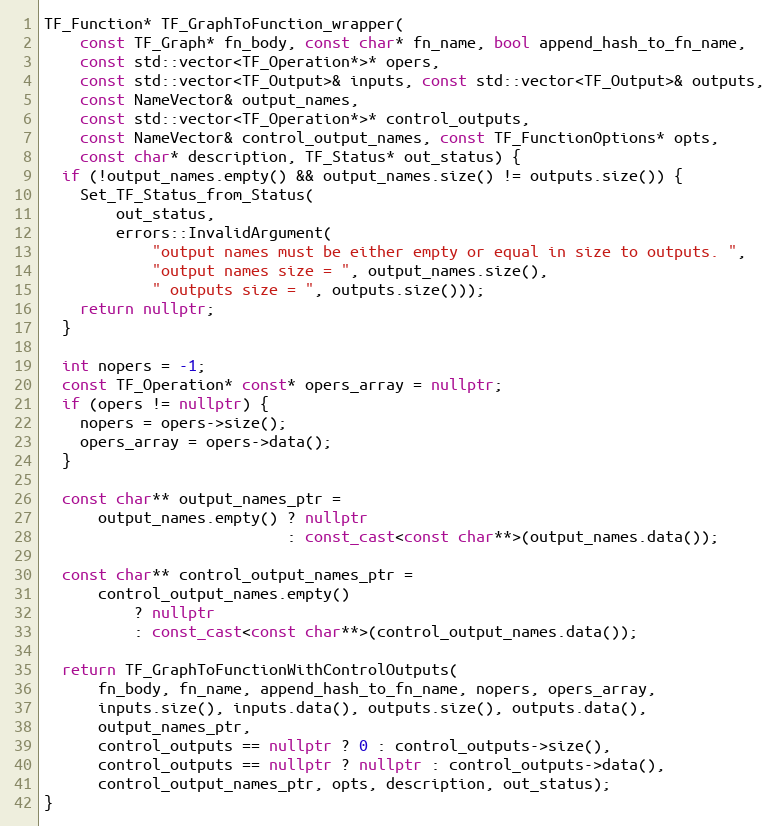
Language: C++
TF_Function* TF_GraphToFunction_wrapper(
    const TF_Graph* fn_body, const char* fn_name, bool append_hash_to_fn_name,
    const std::vector<TF_Operation*>* opers,
    const std::vector<TF_Output>& inputs, const std::vector<TF_Output>& outputs,
    const NameVector& output_names,
    const std::vector<TF_Operation*>* control_outputs,
    const NameVector& control_output_names, const TF_FunctionOptions* opts,
    const char* description, TF_Status* out_status) {
  if (!output_names.empty() && output_names.size() != outputs.size()) {
    Set_TF_Status_from_Status(
        out_status,
        errors::InvalidArgument(
            "output names must be either empty or equal in size to outputs. ",
            "output names size = ", output_names.size(),
            " outputs size = ", outputs.size()));
    return nullptr;
  }

  int nopers = -1;
  const TF_Operation* const* opers_array = nullptr;
  if (opers != nullptr) {
    nopers = opers->size();
    opers_array = opers->data();
  }

  const char** output_names_ptr =
      output_names.empty() ? nullptr
                           : const_cast<const char**>(output_names.data());

  const char** control_output_names_ptr =
      control_output_names.empty()
          ? nullptr
          : const_cast<const char**>(control_output_names.data());

  return TF_GraphToFunctionWithControlOutputs(
      fn_body, fn_name, append_hash_to_fn_name, nopers, opers_array,
      inputs.size(), inputs.data(), outputs.size(), outputs.data(),
      output_names_ptr,
      control_outputs == nullptr ? 0 : control_outputs->size(),
      control_outputs == nullptr ? nullptr : control_outputs->data(),
      control_output_names_ptr, opts, description, out_status);
}